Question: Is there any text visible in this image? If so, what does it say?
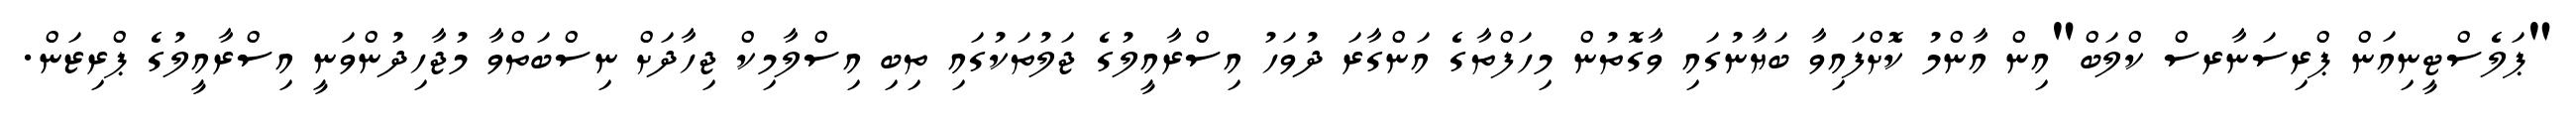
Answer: "ޕަލެސްޓީނިއަން ޕްރިސަނާރސް ކްލަބް"އިން އާންމު ކޮށްފައިވާ ބަޔާނުގައި ވާގޮތުން މިހަފްތާގެ އަންގާރަ ދުވަހު އިސްރާއީލުގެ ޖަލުތަކުގައި ތިބި އިސްލާމިކް ޖިހާދަށް ނިސްބަތްވާ މުޖާހިދުންވަނީ އިސްރާއީލުގެ ޕްރިޒަން.